Report by Surgeon-Major Lyons, I.M.S., President of the Plague Research Committee - Part I
Disease focus: Plague
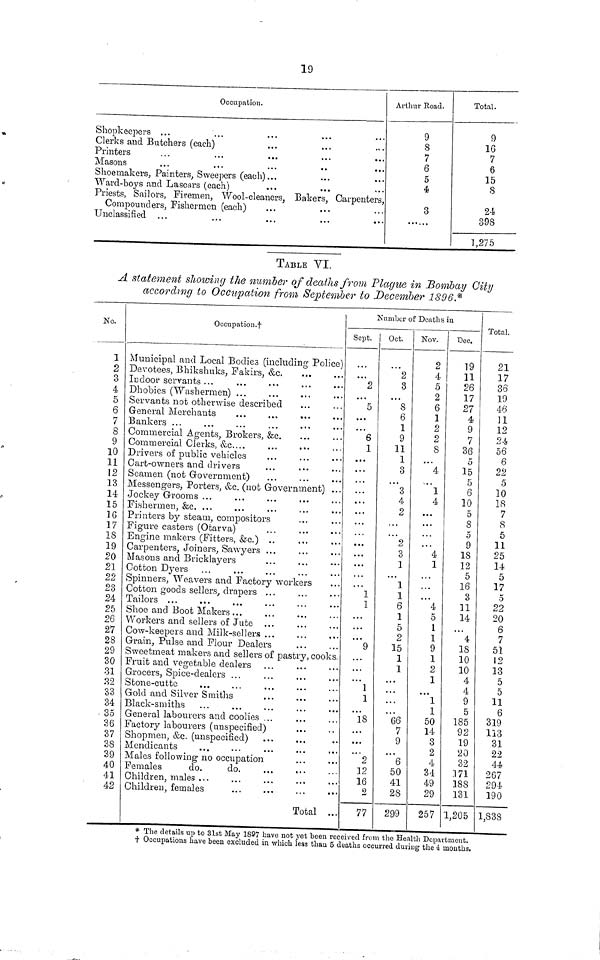
19
Occupation.
Shopkeepers ...
Clerks and Butchers (each)
Printers
Masons
Shoemakers, Painters, Sweepers (each)...
Ward-boys and Lascars (each)
Priests, Sailors, Firemen, Wool-cleaners, Bakers, Carpenters,
Compounders, Fishermen (each)
Unclassified ...
Arthur Road.
9
S
7
6
5
4
3
Total.
9
16
7
6
15
S
24
398
1,275
TABLE VI.
A statement showing the number of deaths from Plague in Bombay City
according to Occupation from September to December 1896 *
No.
1
2
3
4
5
6
7
8
9
10
11
12
13
14
15
16
17
18
19
20
21
22
23
24
25
26
27
28
29
30
31
32
33
34
• 35
36
37
38
39
40
41
42
Occupation.
Municipal and Local Bodies (including Police)
Devotees, Bhikshuks, Fakirs, &c.
Indoor servants ...
Dhobies (Washermen) ...
Servants not otherwise described
General Merchants
Bankers ...
Commercial Agents, Brokers, &c.
Commercial Clerks, &c
Drivers of public vehicles
Cart-owners and drivers
Seamen (not Government)
Messengers, Porters, &c. (not Government) ...
Jockey Grooms ...
Fishermen, &c. ...
Printers by steam, compositors
Figure casters (Otarva)
Engine makers (Fitters, &c.) ..
Carpenters, Joiners, Sawyers ...
Masons and Bricklayers
Cotton Dyers
Spinners, Weavers and Factory workers
Cotton goods sellers, drapers ...
Tailors ...
Shoe and Boot Makers ...
Workers and sellers of Jute
Cow-keepers and Milk-sellers ...
Grain, Pulse and Flour Dealers
Sweetmeat makers and sellers of pastry, cooks.
Fruit and vegetable dealers
Grocers, Spice-dealers ...
Stone-cuttc
Gold and Silver Smiths
Black-smiths
General labourers and coolies ...
Factory labourers (unspecified)
Shopmen, &c. (unspecified)
Mendicants
Males following no occupation
Females
do.
do.
Children, males ...
Children, females
Total ..
Number of Deaths in
Sept.
2
5
6
1
...
...
• • •
...
•..
1
1
9
• • •
1
1
18
...
...
2
12
16
9
77
Oct.
2
3
S
6
1
9
11
1
3
3
4
2
2
3
1
...
1
1
6
1
5
2
15
1
1
...
...
66
7
9
• • •
6
50
41
28
299
Nov.
2
4
5
2
6
1
2
2
8
t • •
4
1
4
. •.
4
1
. . •
•. •
• • •
4
5
1
1
9
1
2
1
1
1
50
14
3
2
4
34
49
29
257
Dec.
19
11
26
17
27
4
9
7
36
5
15
5
6
10
5
8
5
9
18
12
5
16
3
11
14
4
18
10
10
4
4
9
5
185
92
19
20
32
:171
1S8
131
1,205
Total.
21
17
36
19
46
11
12
2.4
56
6
22
5
10
18
7
8
5
11
25
14
5
17
5
22
20
6
7
51
12
13
5
5
11
6
319
113
31
22
44
267
294
190
1,838
* The details up to 31st May 1897 have not yet been received from the Health Department,
t Occupations have been excluded in which less than 5 deaths occurred during the 4 months.